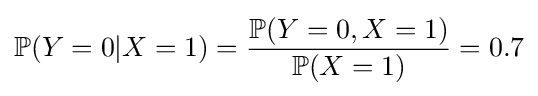
\mathbb {P} (Y=0|X=1)={\frac {\mathbb {P} (Y=0,X=1)}{\mathbb {P} (X=1)}}=0.7